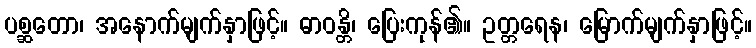
ပစ္ဆတော၊ အနောက်မျက်နှာဖြင့်။ ဓာဝန္တိ၊ ပြေးကုန်၏။ ဥတ္တရေန၊ မြောက်မျက်နှာဖြင့်။